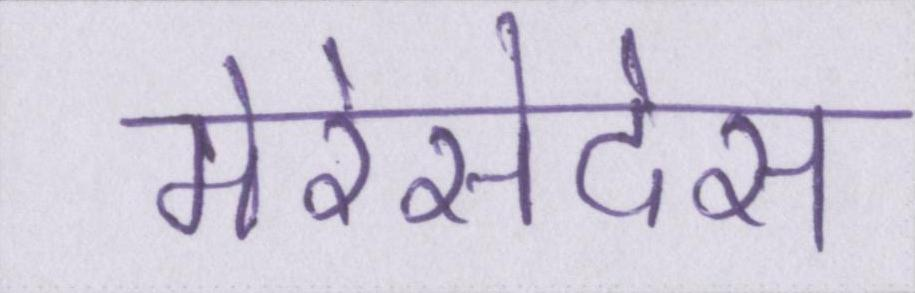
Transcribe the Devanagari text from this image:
मेरेसेदेस